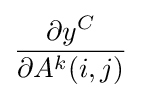
{\frac {\partial {y^{C}}}{\partial {A^{k}}(i,j)}}